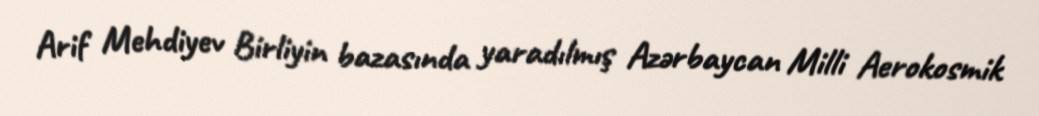
Arif Mehdiyev Birliyin bazasında yaradılmış Azərbaycan Milli Aerokosmik